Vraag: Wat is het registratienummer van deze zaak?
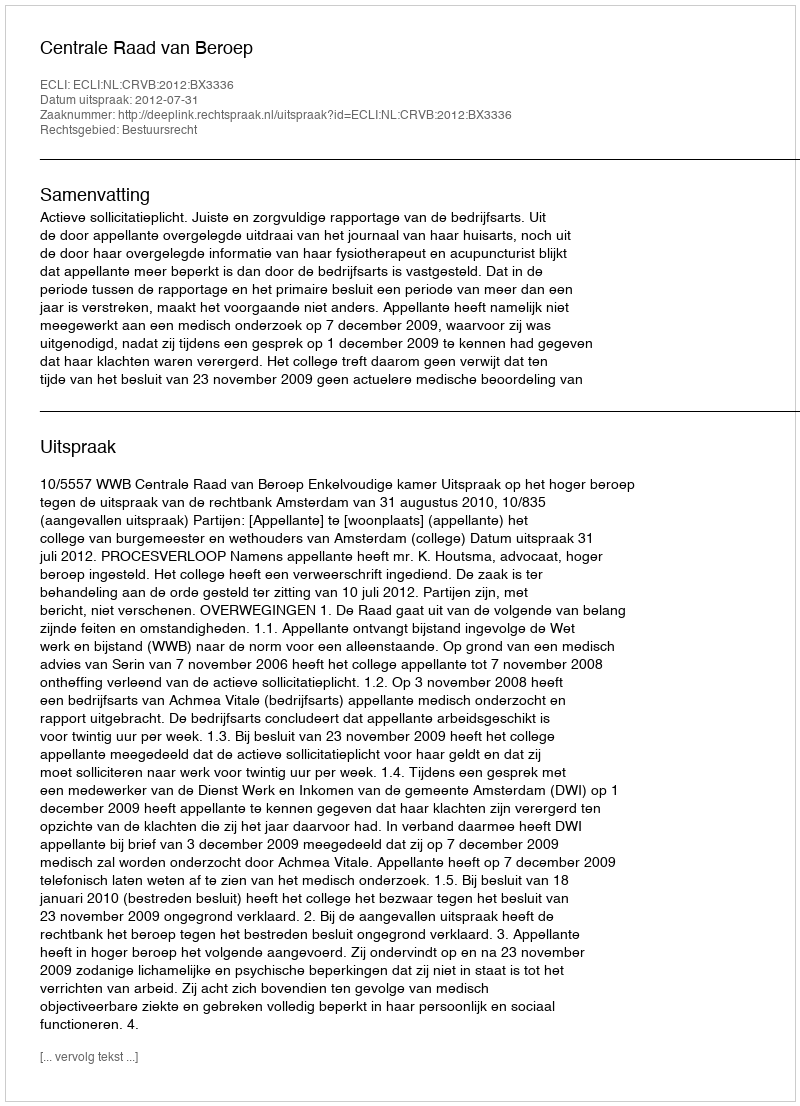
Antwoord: http://deeplink.rechtspraak.nl/uitspraak?id=ECLI:NL:CRVB:2012:BX3336